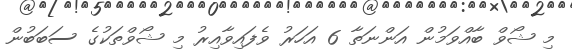
މި ޝޯވް ބާއްވަމުން އަންނަތާ 6 އަހަރު ވެފައިވާއިރު މި ޝޯވްތަކުގެ ސަބަބުން